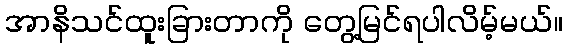
အာနိသင်ထူးခြားတာကို တွေ့မြင်ရပါလိမ့်မယ်။